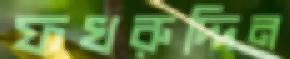
ফখরুদ্দিন